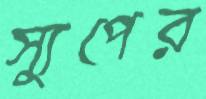
স্যুপের